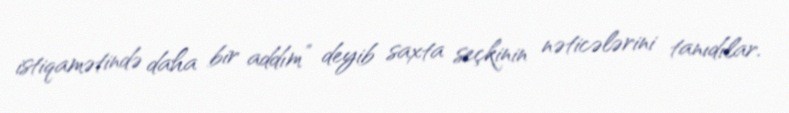
istiqamətində daha bir addım” deyib saxta seçkinin nəticələrini tanıdılar.